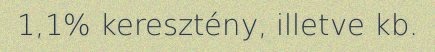
1,1% keresztény, illetve kb.